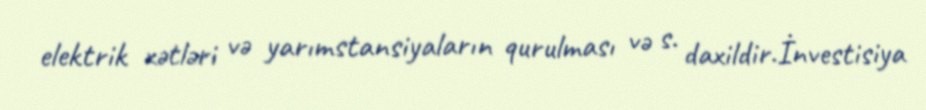
elektrik xətləri və yarımstansiyaların qurulması və s. daxildir.İnvestisiya